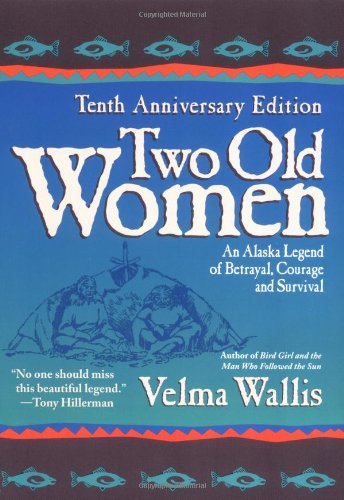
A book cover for Two Old Women, 10th Anniversary Edition: An Alaskan Legend of Betrayal, Courage and Survival; Velma Wallis; Literature & Fiction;